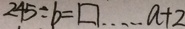
2 4 5 \div b = \square \cdots a + 2